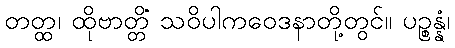
တတ္ထ၊ ထိုဗာတ္တိံ သဝိပါကဝေဒနာတို့တွင်။ ပဉ္စန္နံ၊